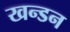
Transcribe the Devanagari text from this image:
खन्डन